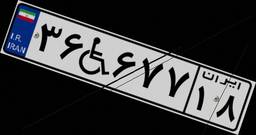
۳۶W۶۷۷۱۸